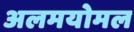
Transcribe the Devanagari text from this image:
अलमयोमल